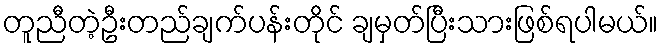
တူညီတဲ့ဦးတည်ချက်ပန်းတိုင် ချမှတ်ပြီးသားဖြစ်ရပါမယ်။